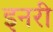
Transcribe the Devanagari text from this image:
इनरी